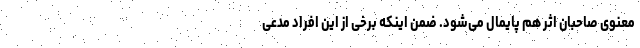
معنوی صاحبان اثر هم پایمال می‌شود. ضمن اینکه برخی از این افراد مدعی